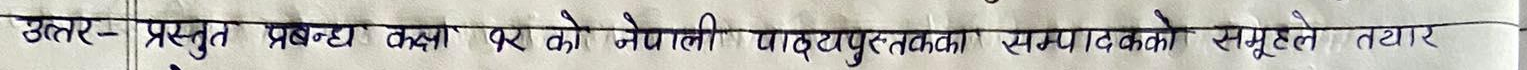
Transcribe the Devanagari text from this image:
उत्तर- प्रस्तुत प्रबन्ध कक्षा ८ को नेपाली पाठ्यपुस्तकका सम्पादकको समूहले तयार